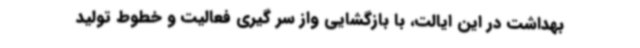
بهداشت در این ایالت، با بازگشایی واز سر گیری فعالیت و خطوط تولید